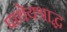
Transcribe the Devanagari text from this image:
पाथेयश्राद्ध